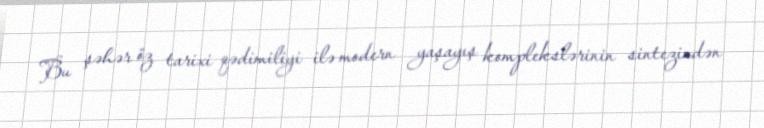
Bu şəhər öz tarixi qədimiliyi ilə modern yaşayış komplekslərinin sintezindən